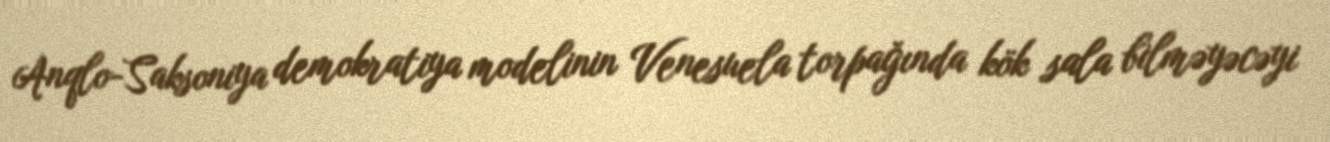
Anqlo-Saksoniya demokratiya modelinin Venesuela torpağında kök sala bilməyəcəyi